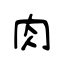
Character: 肉